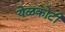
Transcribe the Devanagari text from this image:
येळकोटी